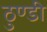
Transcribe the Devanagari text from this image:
ठुण्डी